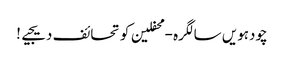
چودہویں سالگرہ - محفلین کو تحائف دیجیے!